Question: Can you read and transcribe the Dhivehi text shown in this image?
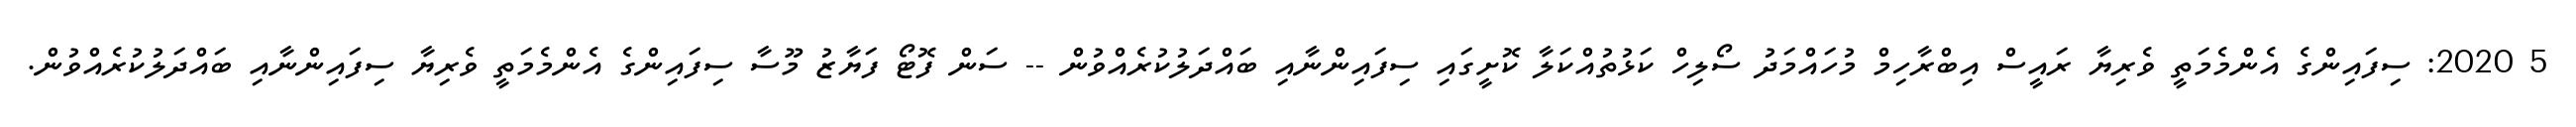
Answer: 5 2020: ސިފައިންގެ އެންމެމަތީ ވެރިޔާ ރައީސް އިބްރާހިމް މުހައްމަދު ސޯލިހް ކަޅުތުއްކަލާ ކޮށީގައި ސިފައިންނާއި ބައްދަލުކުރެއްވުން -- ސަން ފޮޓޯ ފަޔާޒު މޫސާ ސިފައިންގެ އެންމެމަތީ ވެރިޔާ ސިފައިންނާއި ބައްދަލުކުރެއްވުން.